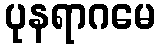
ပုနရာဂမေ